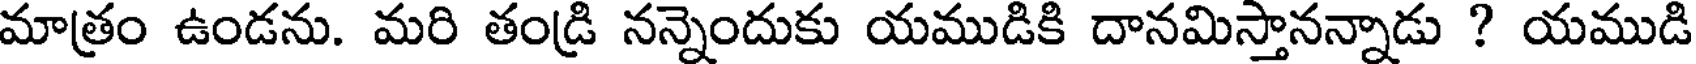
మాత్రం ఉండను. మరి తండ్రి నన్నెందుకు యముడికి దానమిస్తానన్నాడు ? యముడి